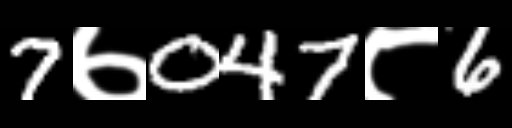
Text: 7७047८6